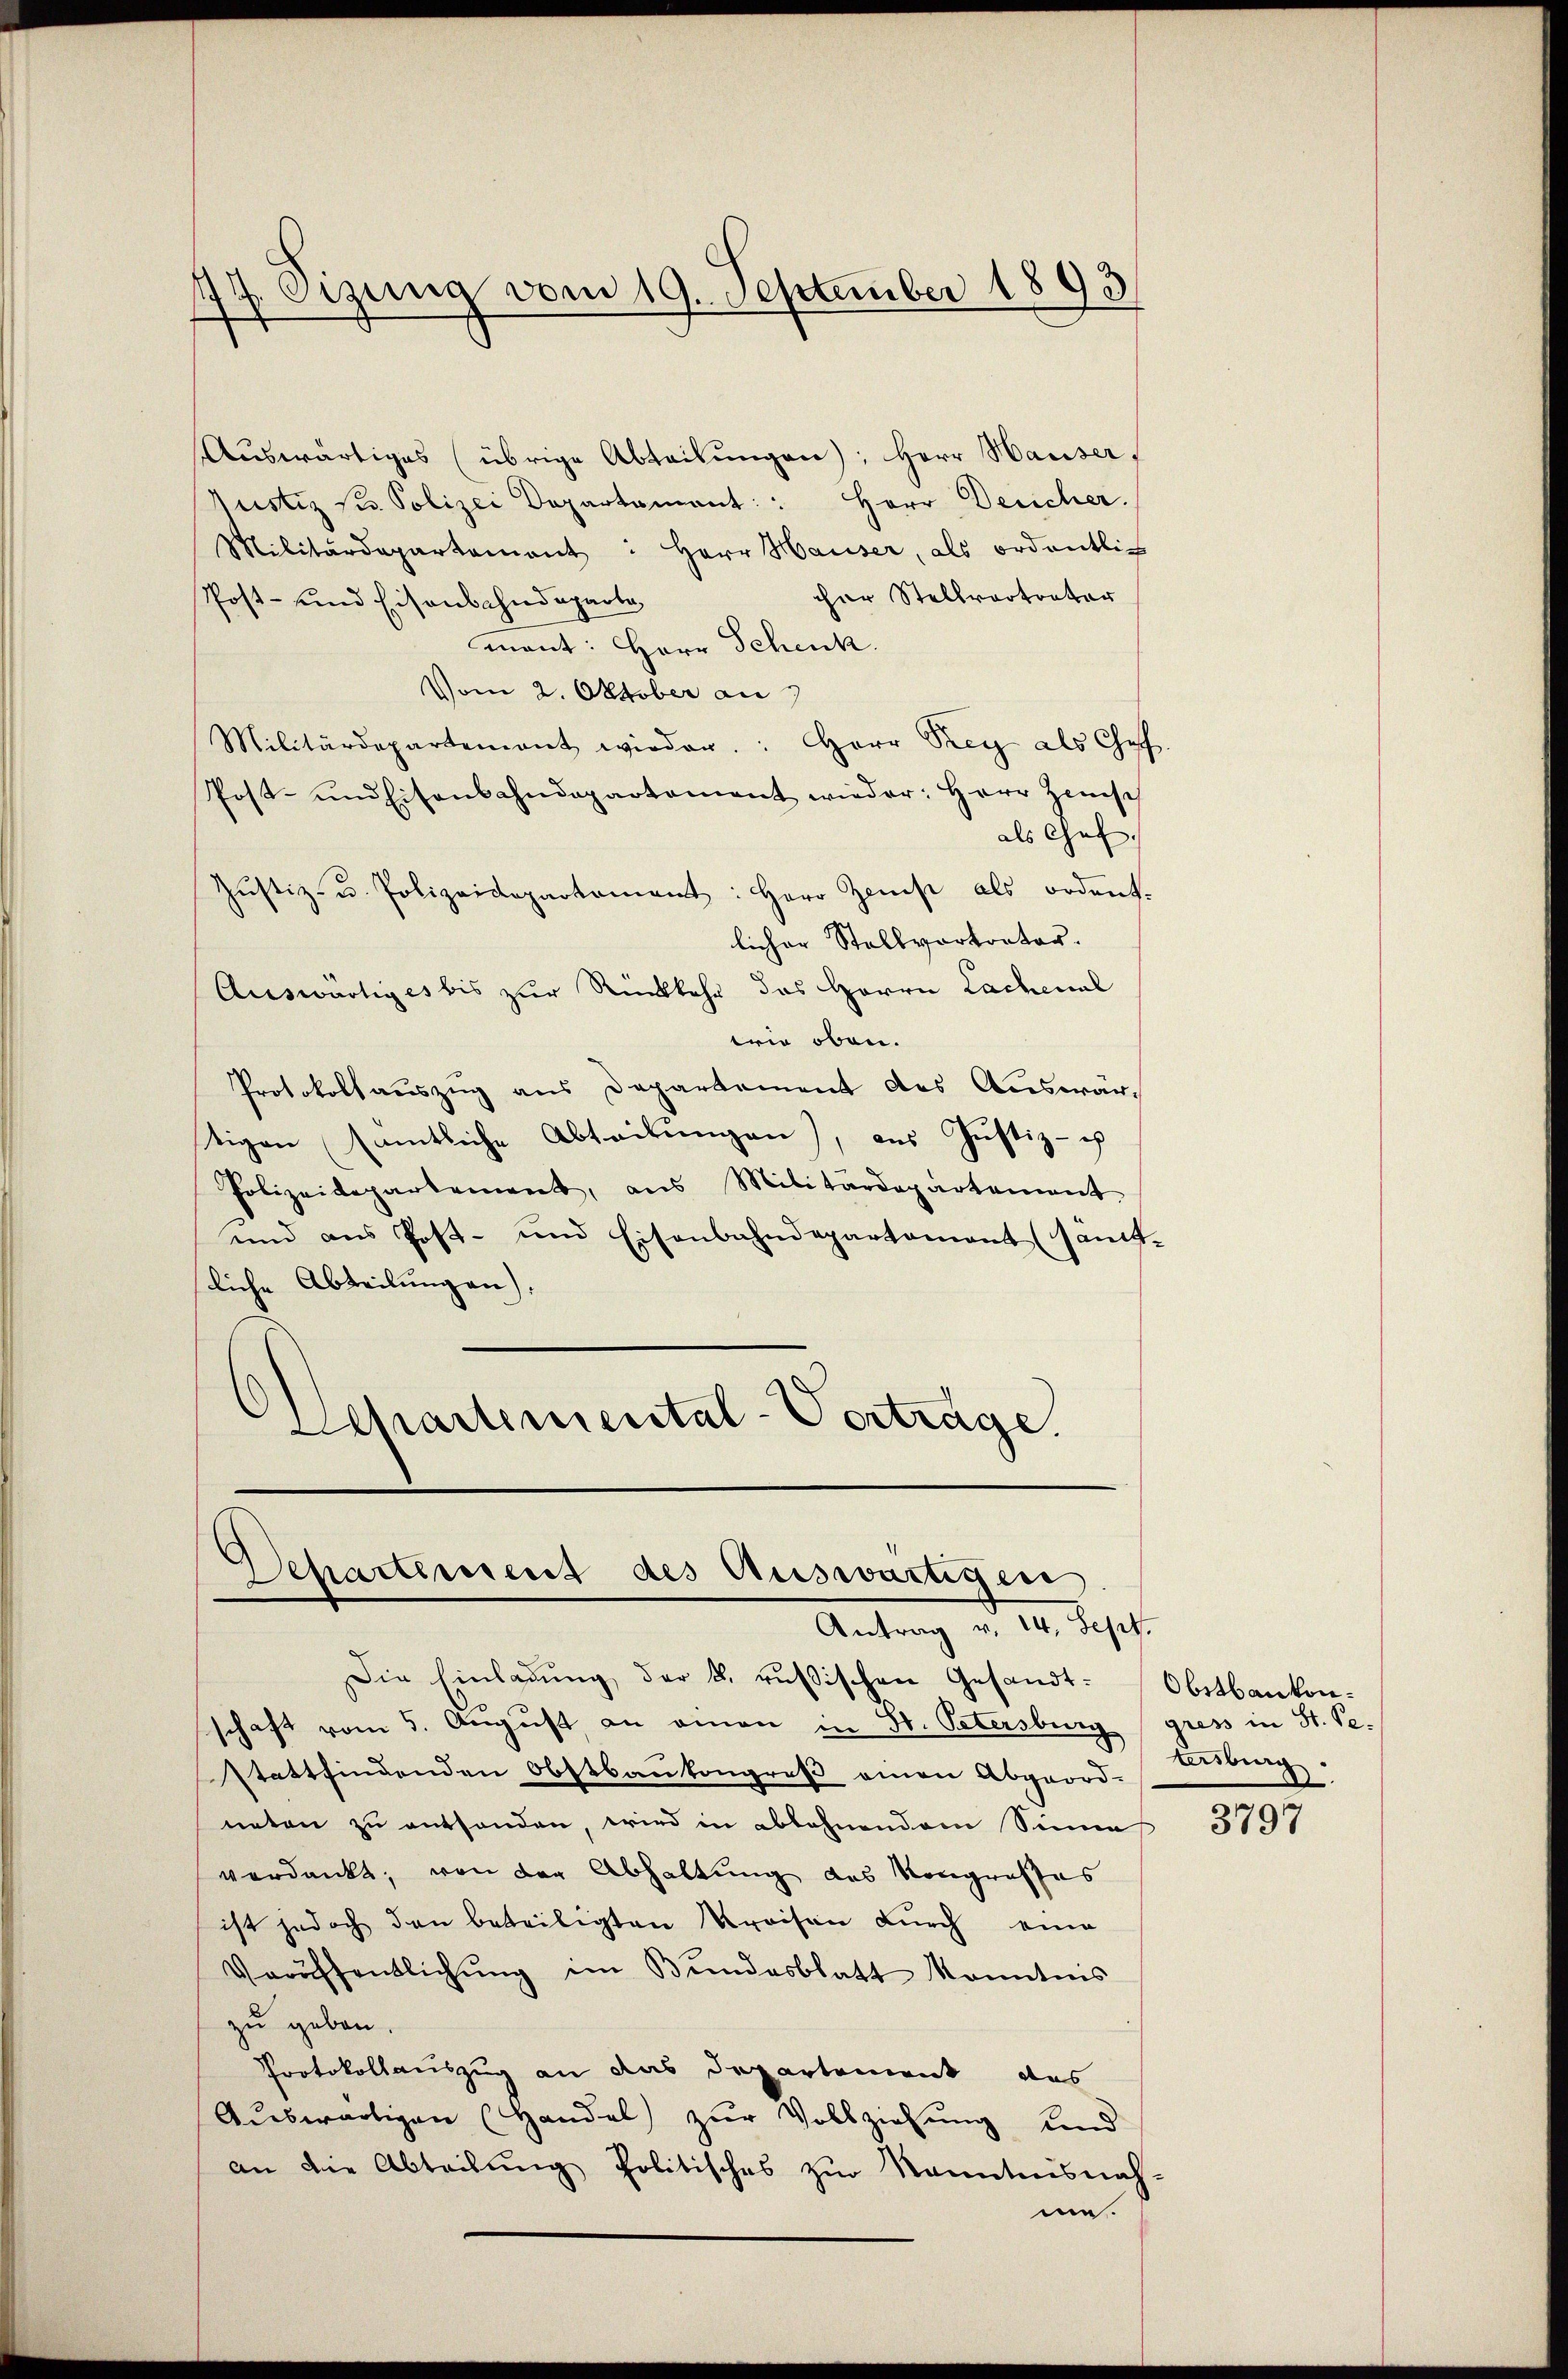
47 Oezung vom 19. September 1893

Aŭswärtiges (übrige Abteilŭngen); Herr Hauser,
Justiz u. Polizei Departamant: Herr Desicher.
Militärdepartement: Herr Hauser, als ordentlich
cher Stellvertreter
Post- und Eisenbahndeparte,
mant: Herr Schenk.
Vom 2. Oktober an
Militärdepartement wieder: Herr Prey als Chef.
Post- und Eisenbahndepartement wieder: Herr Zinsch
als Gef
Justiz- u. Polizeidepartament: Herr Zinse als ordent.
licher Stellvertorter.
Auswärtiges bis zur Rückkehr das Herrn Lachenal
wrie oben.
Protokollauszug aus Departement des Auswärtigen sämtliche Abteilungen), aus Justiz- u
Polizeidepartement, aus Militärdepartement
und aus Post- und Eisenbahndepartament (samt-
sliche Abteilungen),
Departemental-Vortrage

Departement des Auswärtigen
Antrag v. 14. Sept.
Die Einladung der k. russischen Gesandt-Obstbankon¬

schaft vom 5. August an einen in St. Petersburg
stattfindenden Obstbaukongreß einen Abgeord-Dübing.
neten zu enthanden, wird in ablehnendem Sinne
verdankt, von der Abhaltung das Kongresses
ist jedoch den beteiligten Kreisen durch eine
Veröffentlichŭng im Bŭndesblatt kanntnis
zu geben.
Protokollauszug an das Departement das
Aŭswärtigen (Handel zŭr Vollziehŭng und
an die Abteilung politisches zur Kenntnisnah-
me.

gress in St. Pe

3797